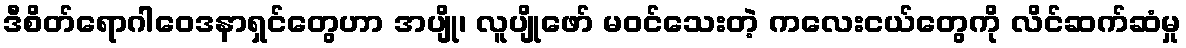
ဒီစိတ်ရောဂါဝေဒနာရှင်တွေဟာ အပျို၊ လူပျိုဖော် မဝင်သေးတဲ့ ကလေးငယ်တွေကို လိင်ဆက်ဆံမှု